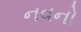
નવનો